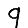
Digit: 9